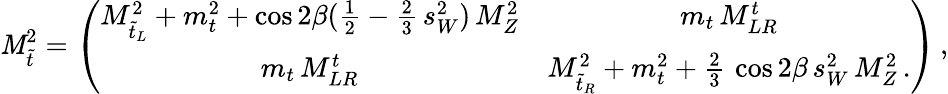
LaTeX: {\cal\mathit{M}}_{\tilde{{t}}}^{2}=\left(\begin{array}{cc}{{M_{\tilde{t}_{L}}^{2}+m_{t}^{2}+\cos{2\beta}({\frac{1}{2}}-{\frac{2}{3}}\, s_{W}^{2})\, M_{Z}^{2}}}&{{m_{t}\, M_{LR}^{t}}}\\ {{m_{t}\, M_{LR}^{t}}}&{{M_{\tilde{t}_{R}}^{2}+m_{t}^{2}+{\frac{2}{3}}\, \cos{2\beta}\, s_{W}^{2}\, M_{Z}^{2}\, .}}\end{array}\right)\, ,